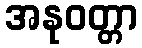
အနုဝတ္တာ